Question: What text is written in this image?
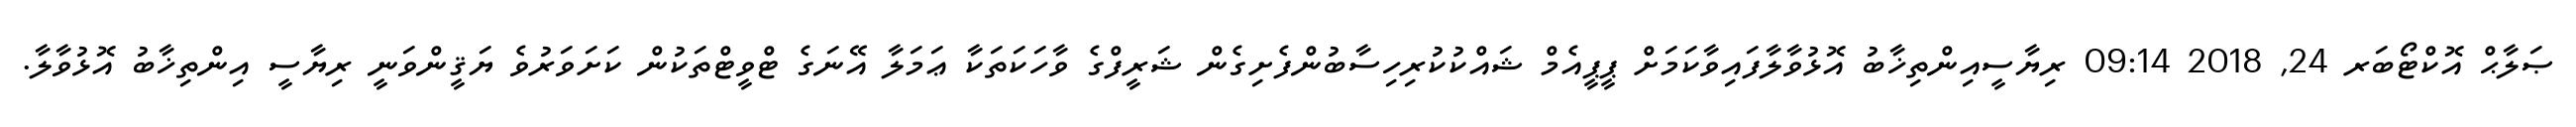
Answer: ޞަލާޙް އޮކްޓޯބަރ 24, 2018 09:14 ރިޔާސީއިންތިޚާބު އޮޅުވާލާފައިވާކަމަށް ޕީޕީއެމް ޝައްކުކުރިހިސާބުންފެށިގެން ޝަރީފްގެ ވާހަކަތަކާ ޢަމަލާ އޭނަގެ ޓްވީޓްތަކުން ކަށަވަރުވެ ޔަޤީންވަނީ ރިޔާސީ އިންތިޚާބު އޮޅުވާލާ.